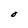
Character: O